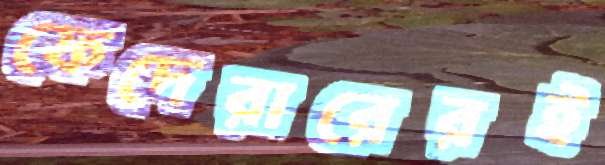
ফেদেরারেরই